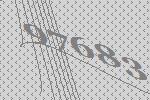
97683